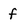
Character: f